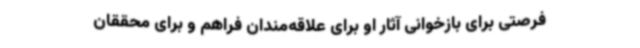
فرصتی برای بازخوانی آثار او برای علاقه‌مندان فراهم و برای محققان